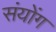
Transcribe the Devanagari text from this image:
संयोंग